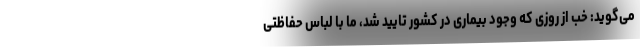
می‌گوید: خب از روزی که وجود بیماری در کشور تایید شد، ما با لباس حفاظتی